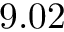
9 . 0 2